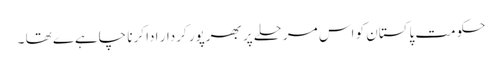
حکومت پاکستان کو اس مرحلے پر بھرپور کردار ادا کرنا چاہےے تھا ۔